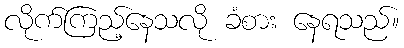
လိုက်ကြည့်နေသလို ခံစား နေရသည်။